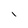
Character: I